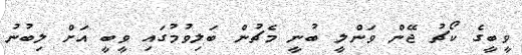
ވީބީގެ ކޯޗު ޖޭން ވަންލީ ބުނީ މެޗުން ބަލިވުމުގައި ވީބީ އަށް ލިބުނު